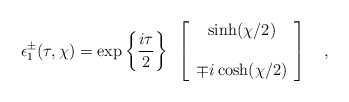
\begin{align*}\epsilon^{\pm}_1(\tau,\chi) =\exp\left\{{i\tau \over 2}\right\}~\left[ \begin{array} {c}\sinh(\chi/2)\\ \\\mp i\cosh(\chi/2)\end{array}\right]~~~,\end{align*}